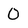
Character: 0